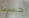
حسنا